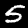
Digit: 5